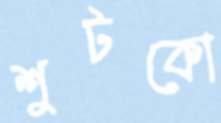
শুটকো